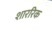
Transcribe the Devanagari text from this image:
शाररिक